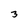
Character: 3